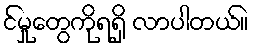
င်မှုတွေကိုရရှိ လာပါတယ်။